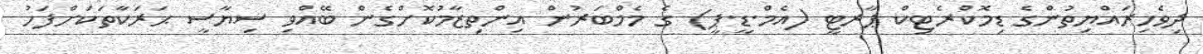
ދިވެހިރައްޔިތުންގެ ޑިމޮކްރެޓިކް ޕާރޓީ (އެމް.ޑީ.ޕީ) ގެ މެމްބަރުން އިންތިޒާމުކޮށްގެން ބޭއްވި ސިޔާސީ ޙަރަކާތަކަށްފަހު